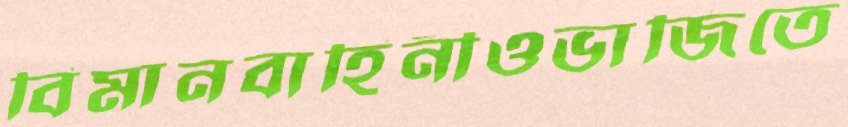
বিমানবাহিনীওভাজিতে